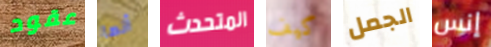
عقود أنها المتحدث كيف الجمل إنس